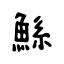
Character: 鯀